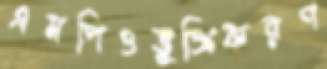
এমপিওভুক্তিকরণ